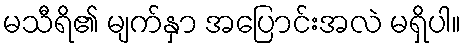
မသီရိ၏ မျက်နှာ အပြောင်းအလဲ မရှိပါ။